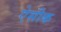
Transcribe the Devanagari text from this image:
ऐसीक